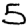
Digit: 5